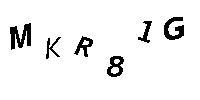
MKR81G